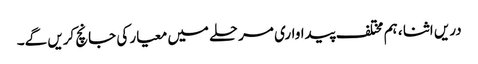
دریں اثنا ، ہم مختلف پیداواری مرحلے میں معیار کی جانچ کریں گے۔